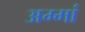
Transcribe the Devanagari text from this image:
अम्‍मां